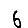
Digit: 6